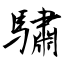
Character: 驌